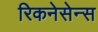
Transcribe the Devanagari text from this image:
रिकनेसेन्स